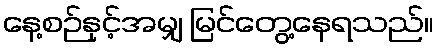
နေ့စဉ်နှင့်အမျှ မြင်တွေ့နေရသည်။